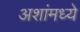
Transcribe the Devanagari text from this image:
अशांमध्ये